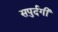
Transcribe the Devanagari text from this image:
सपुर्दगी